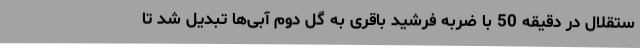
ستقلال در دقیقه 50 با ضربه فرشید باقری به گل دوم آبی‌ها تبدیل شد تا